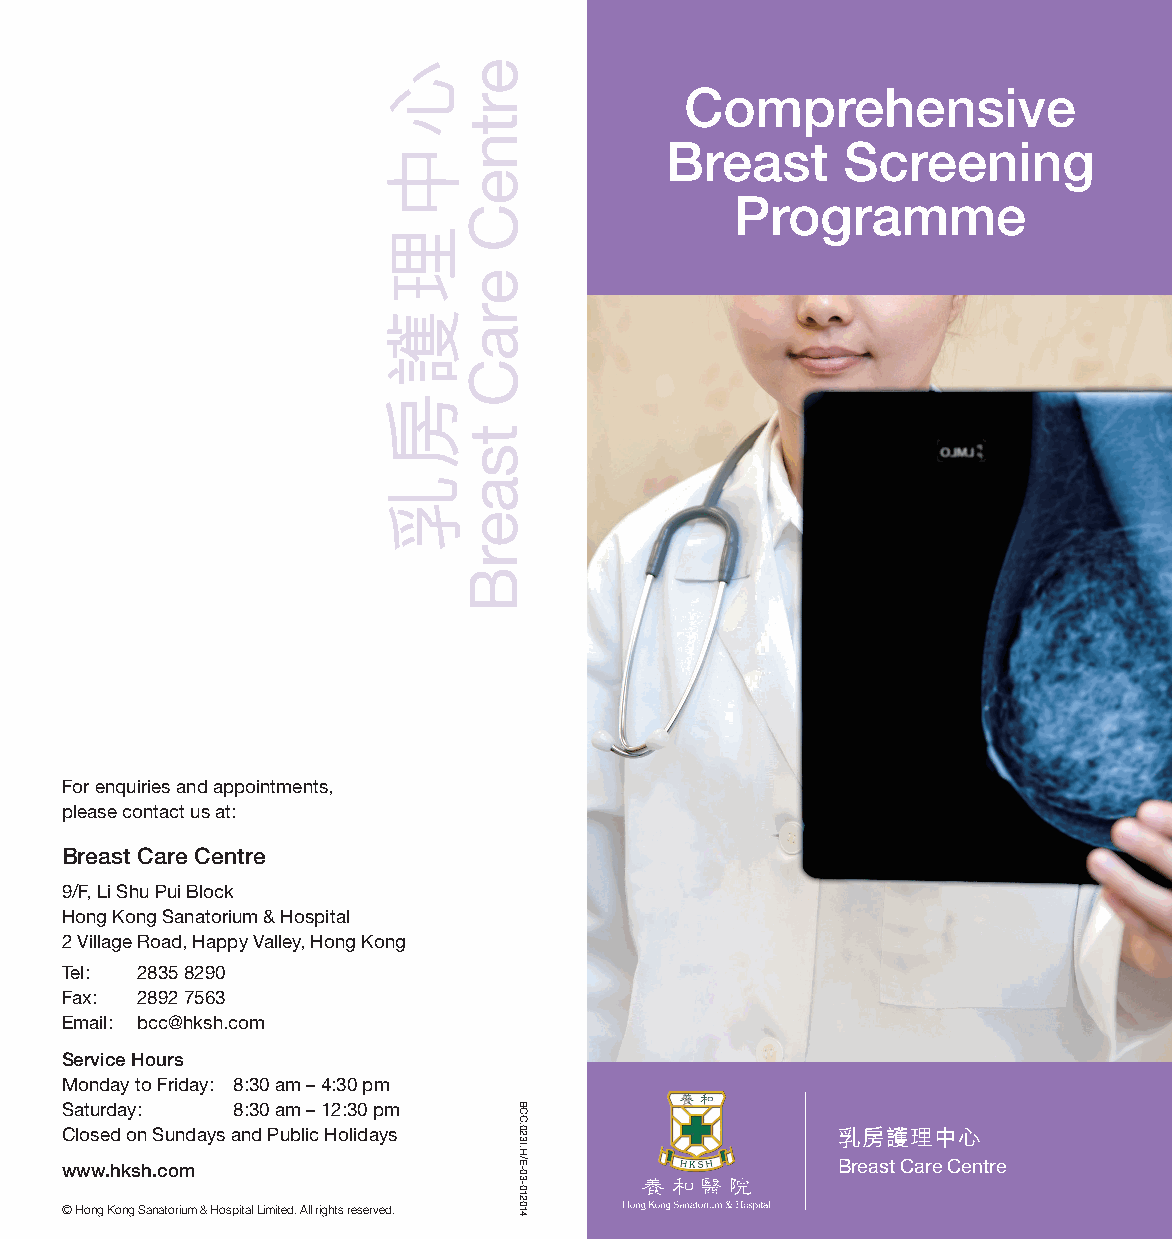
Comprehensive
 Breast      Screening
 Programme
 For enquiries and appointments,
 please contact us at:
 Breast Care Centre
 9/F, Li Shu Pui Block
 Hong Kong Sanatorium & Hospital
 2 Village Road, Happy Valley, Hong Kong
 Tel: 2835 8290
 Fax: 2892 7563
 Email: bcc@hksh.com
 Service Hours
 Monday to Friday: 8:30 am – 4:30 pm
 Saturday:  8:30 am – 12:30 pm
 Closed on Sundays and Public Holidays              乳房護理中心
 www.hksh.com                                       Breast Care Centre
 © Hong Kong Sanatorium & Hospital Limited. All rights reserved.
 心中理護房乳 ertneC
 eraC
 tsaerB
 BCC.023I.H/E-03-012014